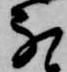
な